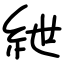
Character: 紲